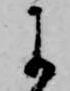
に